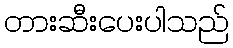
တားဆီးပေးပါသည်